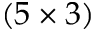
( 5 \times 3 )